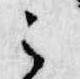
之